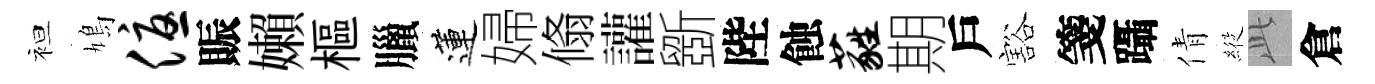
袒鳩优賑嬾樞臘蓮婦翛讙斵陛蝕蕤期戶豁箋躡倩𦂵𬼘倉